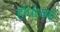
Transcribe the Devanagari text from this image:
हॉपांच्या